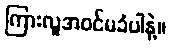
ကြားလူအဝင်မခံပါနဲ့။